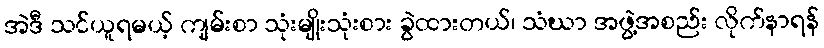
အဲဒီ သင်ယူရမယ့် ကျမ်းစာ သုံးမျိုးသုံးစား ခွဲထားတယ်၊ သံဃာ အဖွဲ့အစည်း လိုက်နာရန်